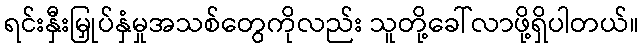
ရင်းနှီးမြှုပ်နှံမှုအသစ်တွေကိုလည်း သူတို့ခေါ်လာဖို့ရှိပါတယ်။